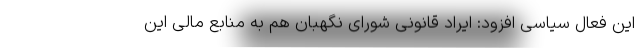
این فعال سیاسی افزود: ایراد قانونی شورای نگهبان هم به منابع مالی این